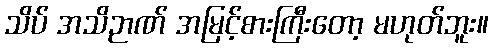
သိပ် အသိဉာဏ် အမြင့်စားကြီးတော့ မဟုတ်ဘူး။